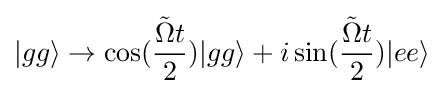
|gg\rangle \rightarrow \cos({\frac {{\tilde {\Omega }}t}{2}})|gg\rangle +i\sin({\frac {{\tilde {\Omega }}t}{2}})|ee\rangle